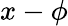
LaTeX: x-\phi